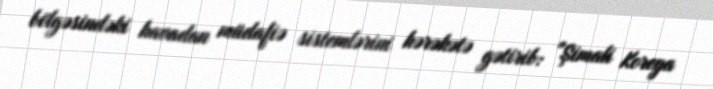
bölgəsindəki havadan müdafiə sistemlərini hərəkətə gətirib: "Şimali Koreya